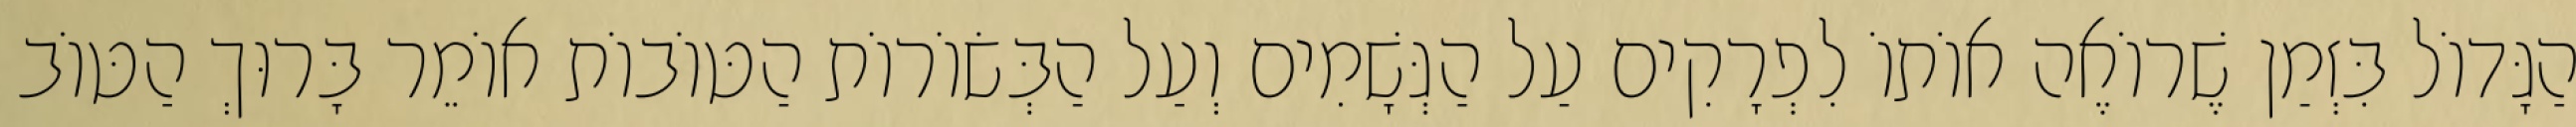
הַגָּדוֹל בִּזְמַן שֶׁרוֹאֶה אוֹתוֹ לִפְרָקִים עַל הַגְּשָׁמִים וְעַל הַבְּשׂוֹרוֹת הַטּוֹבוֹת אוֹמֵר בָּרוּךְ הַטּוֹב